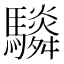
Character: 䮼